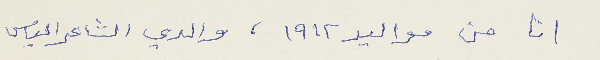
انا من مواليد ١٩١٢، والدي الشاعر الياس